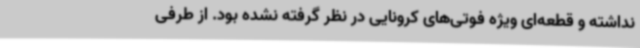
نداشته و قطعه‌ای ویژه فوتی‌های کرونایی در نظر گرفته نشده بود. از طرفی